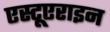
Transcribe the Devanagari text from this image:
एस्टूएराइन